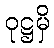
ဝုဋ္ဌမှိ